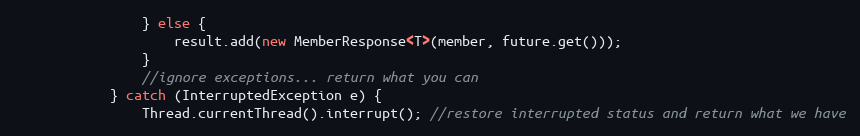
Language: Java
                } else {
                	result.add(new MemberResponse<T>(member, future.get()));
                }
                //ignore exceptions... return what you can
            } catch (InterruptedException e) {
            	Thread.currentThread().interrupt(); //restore interrupted status and return what we have